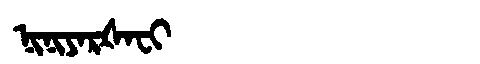
Manchu: ᠨᡳᠨᡳᠶᠠᡵᡧᠠᠸᡳ
Romanization: NINIYARŠAFI